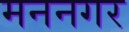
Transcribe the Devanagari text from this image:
मननगर